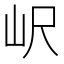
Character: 𡵸